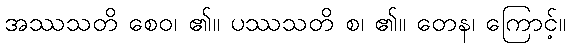
အဿသတိ စေဝ၊ ၏။ ပဿသတိ စ၊ ၏။ တေန၊ ကြောင့်။